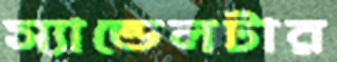
স্যান্ডেলটার